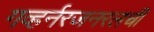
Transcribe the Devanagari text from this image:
गव्हर्नरजनरलची